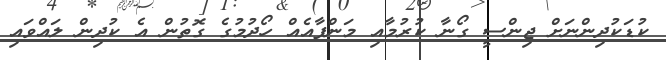
ކުޑަކުދިންނަށް ޖިންސީ ގޯނާ ކުރުމާއި މަންފާއެއް ހޯދުމުގެ ގޮތުން އެ ކުދިން ލައްވައި